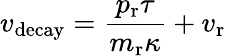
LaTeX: v_{\mathrm{decay}}=\frac{p_{\mathrm{r}}\tau}{m_{\mathrm{r}}\kappa}+v_{\mathrm{r}}